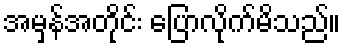
အမှန်အတိုင်း ပြောလိုက်မိသည်။